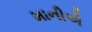
માનીએ